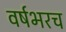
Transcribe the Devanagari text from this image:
वर्षभरच